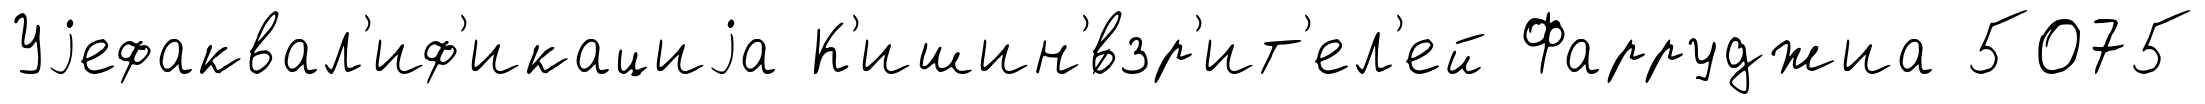
Уjефаквал'иф'икациjа К'ишин'́взр'ит'ел'ей Фарруджиа 5075